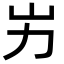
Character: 屴